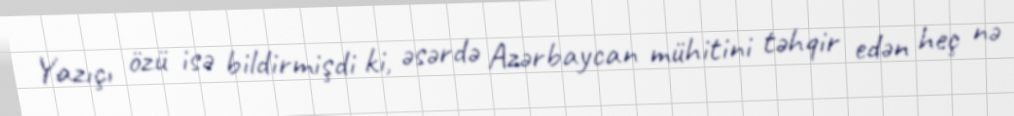
Yazıçı özü isə bildirmişdi ki, əsərdə Azərbaycan mühitini təhqir edən heç nə